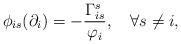
\begin{align*} \phi_{is}(\partial_i)=-\frac{\Gamma_{is}^s}{\varphi_i},\quad\forall s\neq i, \end{align*}